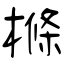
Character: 樤